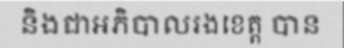
និងជាអភិបាលរងខេត្ត បាន